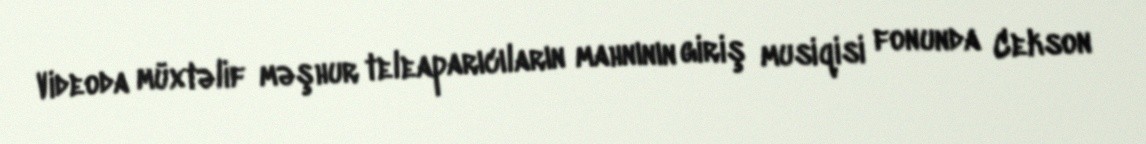
Videoda müxtəlif məşhur teleaparıcıların mahnının giriş musiqisi fonunda Cekson